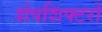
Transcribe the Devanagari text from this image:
शेपशिफ्टरों